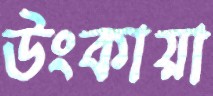
উংকায়া